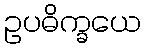
ဥပဓိက္ခယေ